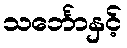
သင်္ဘောနှင့်